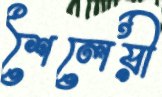
শৈলেয়ী